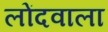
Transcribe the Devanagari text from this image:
लोंदवाला